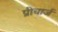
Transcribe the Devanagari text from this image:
प्रीचार्ज